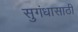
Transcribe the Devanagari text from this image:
सुगंधासाठी